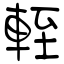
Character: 輊